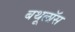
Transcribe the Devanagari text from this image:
बथूलॉस